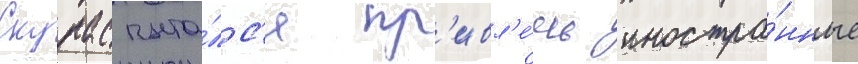
Скурас пыта́лс'я пр'ивл'е́чь иностра́нные